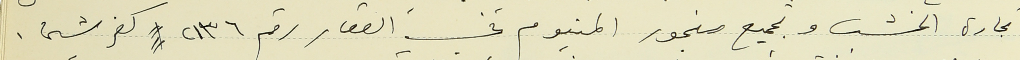
نجارة الخشب وتجميع منجور المنيوم في العقار رقم ٢١٣٦  كفرشيما